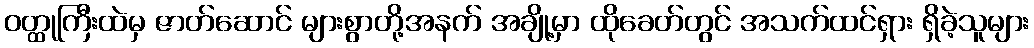
ဝတ္ထုကြီးထဲမှ ဇာတ်ဆောင် များစွာတို့အနက် အချို့မှာ ထိုခေတ်တွင် အသက်ထင်ရှား ရှိခဲ့သူများ